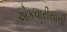
એકવારીયાની